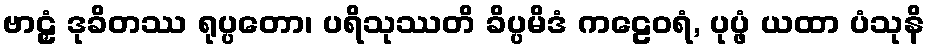
ဗာဠှံ ဒုခိတဿ ရုပ္ပတော၊ ပရိသုဿတိ ခိပ္ပမိဒံ ကဠေဝရံ, ပုပ္ဖံ ယထာ ပံသုနိ